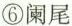
⑥阑尾